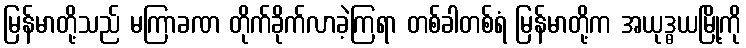
မြန်မာတို့သည် မကြာခဏ တိုက်ခိုက်လာခဲ့ကြရာ တစ်ခါတစ်ရံ မြန်မာတို့က အယုဒ္ဓယမြို့ကို